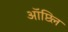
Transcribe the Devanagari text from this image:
ऑप्टिल